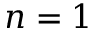
n = 1